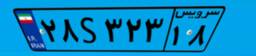
۲۸S۳۲۳۱۸